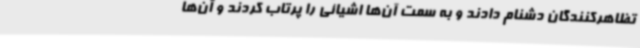
تظاهرکنندگان دشنام دادند و به سمت آن‌ها اشیائی را پرتاب کردند و آن‌ها